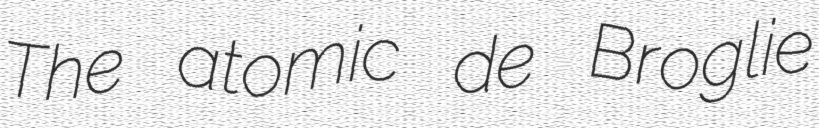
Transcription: The atomic de Broglie